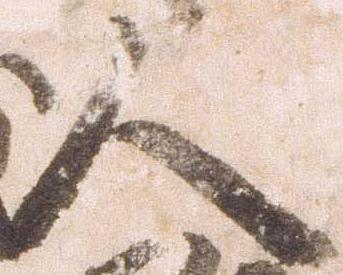
人